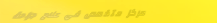
مركز متخصص في علاج جراحة